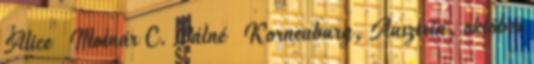
Alice Molnár C. Pálné Korneuburg, Ausztria, október